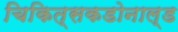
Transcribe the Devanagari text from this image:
चिकित्सकडोनाल्ड